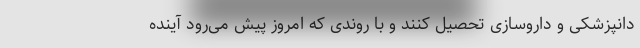
دانپزشکی و داروسازی تحصیل کنند و با روندی که امروز پیش می‌رود آینده